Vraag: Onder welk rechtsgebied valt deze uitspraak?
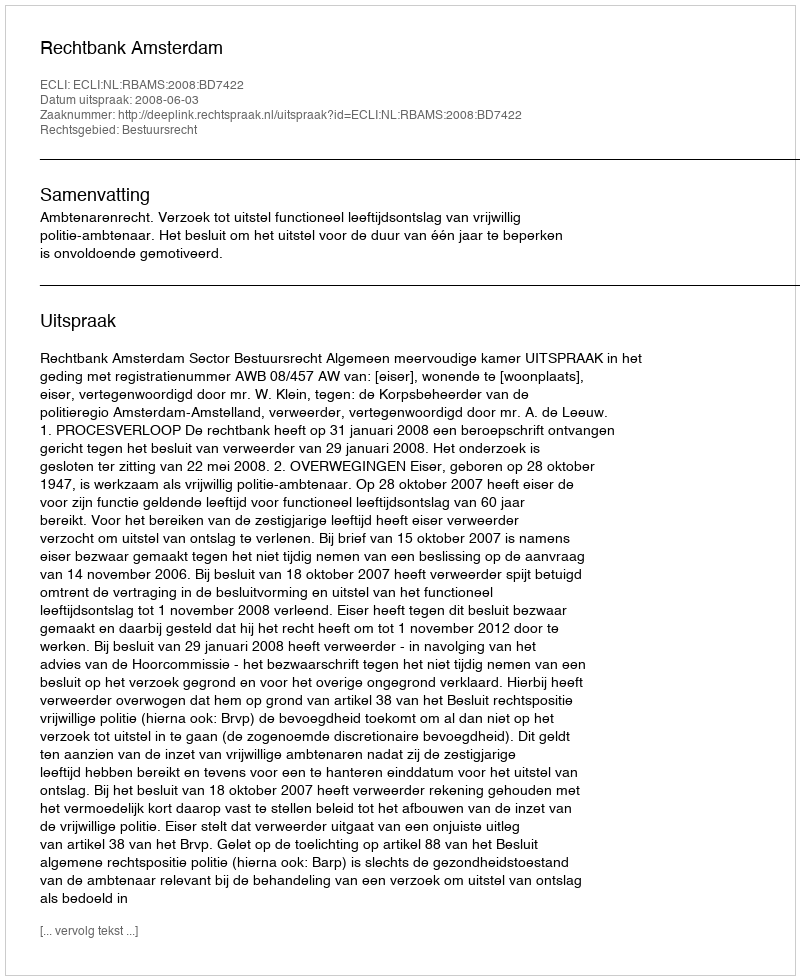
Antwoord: Bestuursrecht